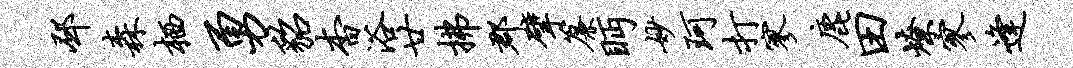
邳森栖勇貂杳浴廿拂郡擘帘眄妙珂打寥鹿田燎寥逢